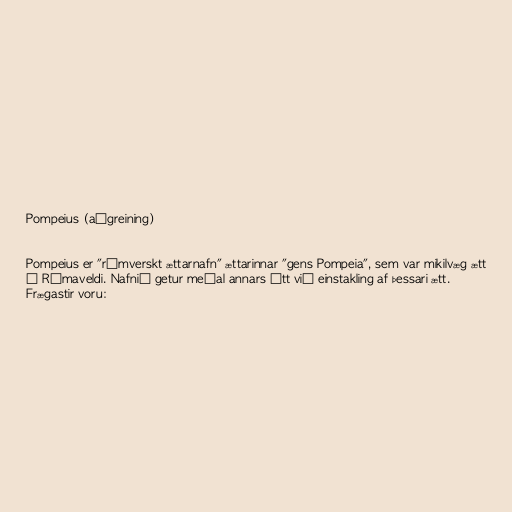
Pompeius (aðgreining)

Pompeius er "rómverskt ættarnafn" ættarinnar "gens Pompeia", sem var mikilvæg ætt
í Rómaveldi. Nafnið getur meðal annars átt við einstakling af þessari ætt.
Frægastir voru: